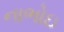
નાભોઇ